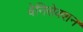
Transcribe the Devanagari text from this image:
वेनिसेक्शन